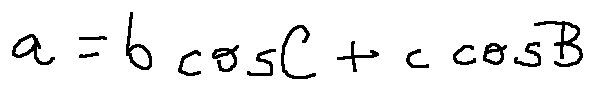
a = b \cos C + c \cos B